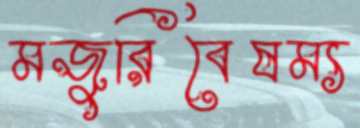
মজুরিবৈষম্য